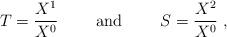
LaTeX: \begin{align*}T=\frac{X^{1}}{X^{0}}\qquad \mbox{ and }\qquad S=\frac{X^{2}}{X^{0}}\ ,\end{align*}